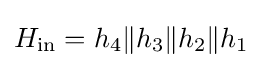
H_{\text{in}}=h_{4}{\mathcal {k}}h_{3}{\mathcal {k}}h_{2}{\mathcal {k}}h_{1}